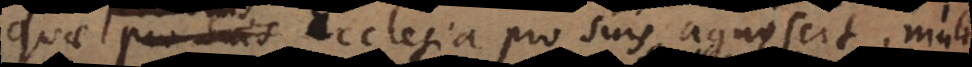
quae Ecclesia pro suis agnoscit, multi